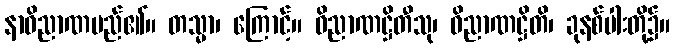
နာဝိညာဏမည်၏။ တသ္မာ၊ ကြောင့်။ ဝိညာဏဋ္ဌိတီသု၊ ဝိညာဏဋ္ဌိတိ၊ ခုနစ်ပါးတို့၌။